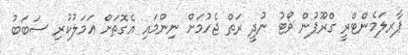
ޕާރލަމެންޓްރީ ގްރޫޕުން ވޯޓު ނުދީ ރަތް ޖެހުމަށް ނިންމައި އެގޮތަށް ޢަމަލުކުރި ސަބަބު